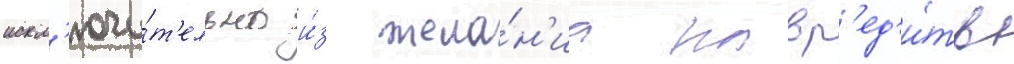
искл'ючи́т'ельно и́з жела́н'иа навр'ед'и́ть